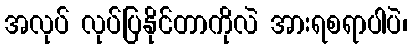
အလုပ် လုပ်ပြနိုင်တာကိုလဲ အားရစရာပါပဲ၊